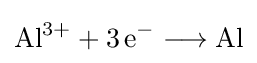
{\mathrm {Al} {\vphantom {A}}^{3+}{}+{}3\,\mathrm {e} {\vphantom {A}}^{-}{}\mathrel {\longrightarrow } {}\mathrm {Al} }